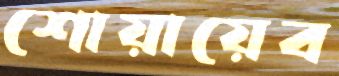
শোয়ায়েব